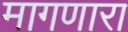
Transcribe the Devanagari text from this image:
मागणारा